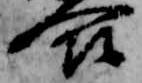
合